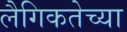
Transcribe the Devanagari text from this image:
लैगिकतेच्या